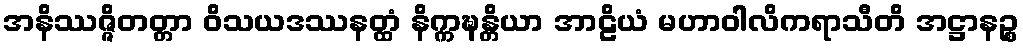
အနိဿဇ္ဇိတတ္တာ ဝိသယဒဿနတ္ထံ နိက္ကဍ္ဎန္တိယာ အာဠိယံ မဟာဝါလိကရာသီတိ အဋ္ဌာနဉ္စ